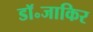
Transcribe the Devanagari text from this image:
डॉ॰जाकिर